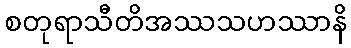
စတုရာသီတိအဿသဟဿာနိ